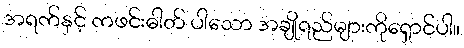
အရက်နှင့် ကဖင်းဓါတ် ပါသော အချိုရည်များကိုရှောင်ပါ။